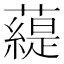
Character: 𧀠